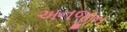
અનજીન